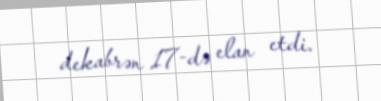
dekabrən 17-də elan etdi.